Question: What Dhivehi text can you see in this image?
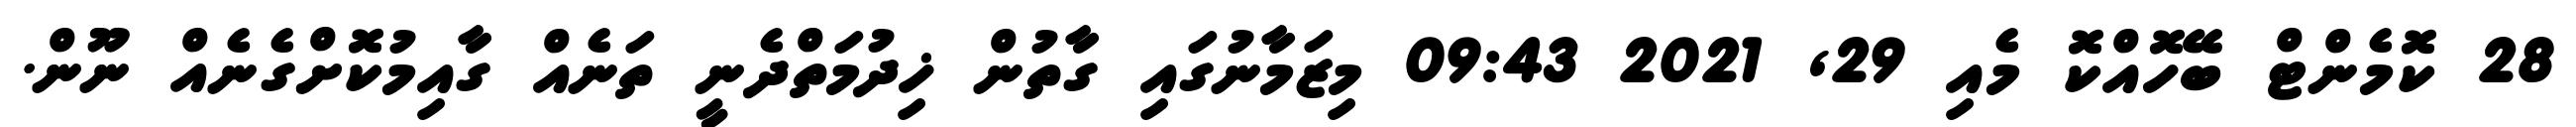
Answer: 28 ކޮމެންޓް ބޭހޮއްކޮ މެއި 29, 2021 09:43 މިޒަމާނުގައި ގާތުން ޚިދުމަތްދެނީ ތަނެއް ގާއިމުކޮށްގެނެއް ނޫން.